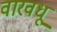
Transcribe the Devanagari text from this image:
वारवधू